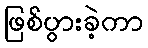
ဖြစ်ပွားခဲ့ကာ